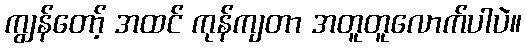
ကျွန်တော့် အထင် ကုန်ကျတာ အတူတူလောက်ပါပဲ။